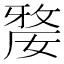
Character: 𡠉